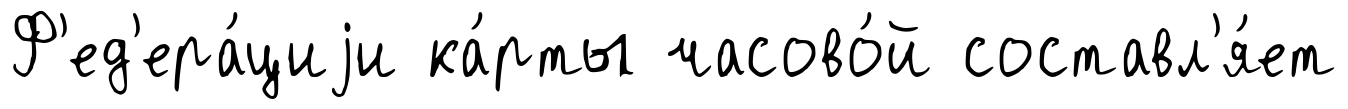
Ф'ед'ера́циjи ка́рты часово́й составл'я́ет